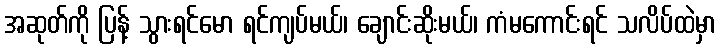
အဆုတ်ကို ပြန့် သွားရင်မော ရင်ကျပ်မယ်၊ ချောင်းဆိုးမယ်၊ ကံမကောင်းရင် သလိပ်ထဲမှာ